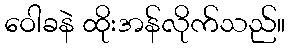
ဝေါခနဲ ထိုးအန်လိုက်သည်။